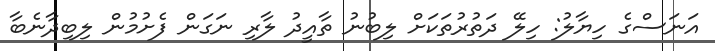
އަނަސްގެ ހިޔާލު: ހިލޭ ދަތުރުތަކަށް ލިބުނު ތާއީދު ލާރި ނަގަން ފެށުމުން ލިބިދާނެބާ